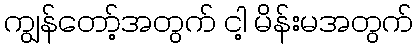
ကျွန်တော့်အတွက် ငါ့ မိန်းမအတွက်